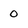
Character: 0